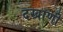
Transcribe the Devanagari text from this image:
दखाणी